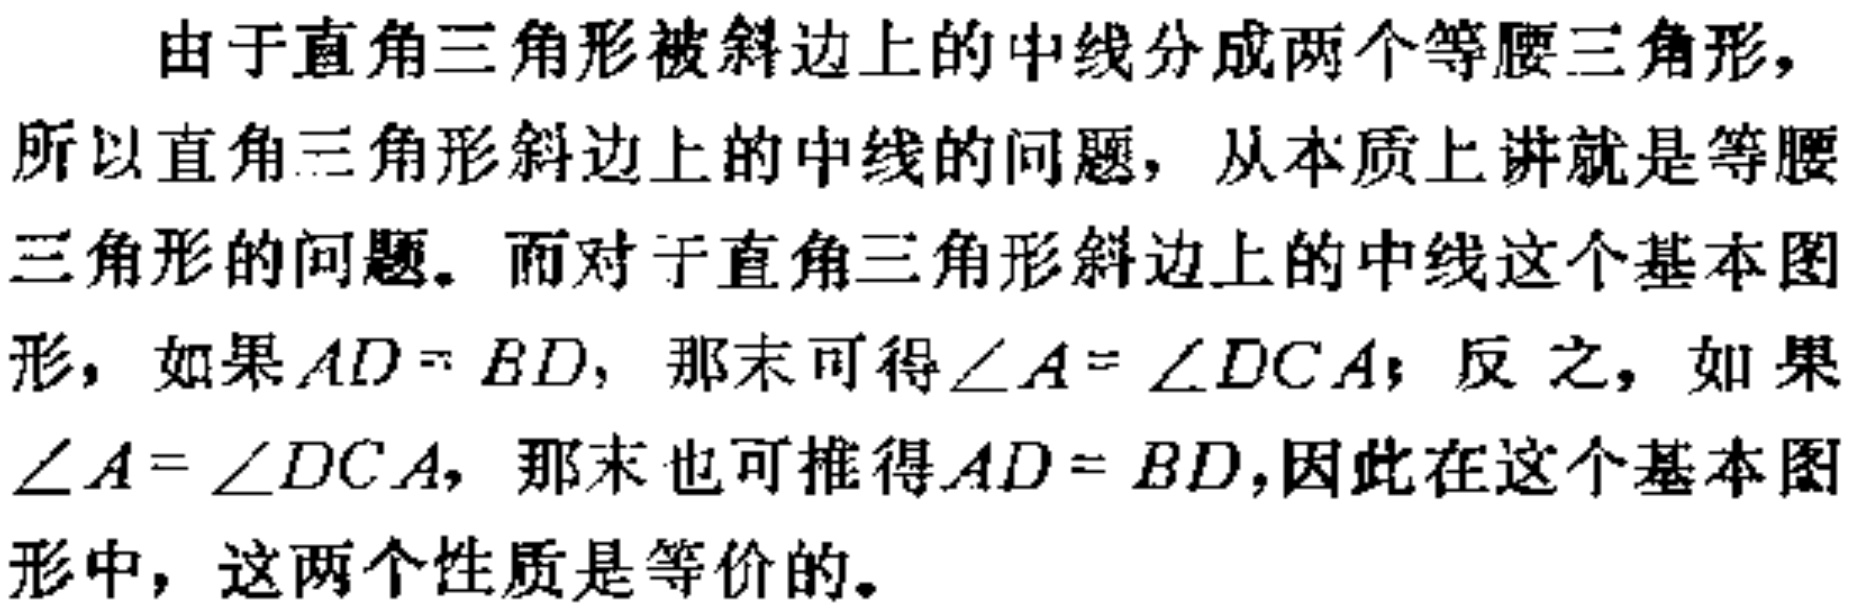
由于直角三角形被斜边上的中线分成两个等腰三角形，所以直角三角形斜边上的中线的问题，从本质上讲就是等腰三角形的问题。而对于直角三角形斜边上的中线这个基本图形，如果\(AD = BD\)，那末可得\(\angle A=\angle DCA\)；反之，如果\(\angle A=\angle DCA\)，那末也可推得\(AD = BD\)，因此在这个基本图形中，这两个性质是等价的。